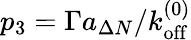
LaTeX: p_{3}=\Gamma a_{\Delta N}/{k_{\mathrm{off}}^{(0)}}